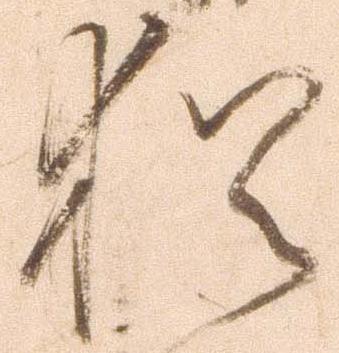
猶